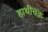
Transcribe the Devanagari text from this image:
हाथीचक्र